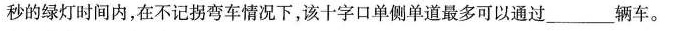
秒的绿灯时间内，在不记拐弯车情况下，该十字口单侧单道最多可以通过___辆车。